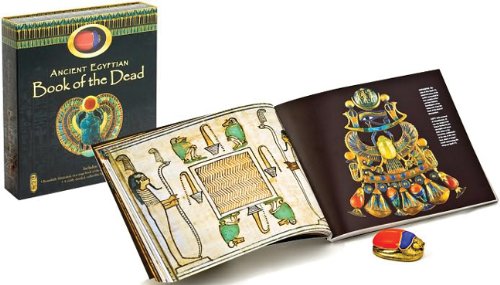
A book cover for Ancient Egyptian Book of the Dead (Gift Edition with Scarab); Religion & Spirituality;